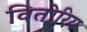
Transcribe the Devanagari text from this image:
वितोरिय